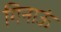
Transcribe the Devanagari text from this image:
गिनाऊं